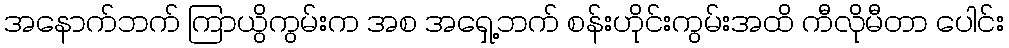
အနောက်ဘက် ကြာယွိကွမ်းက အစ အရှေ့ဘက် စန်းဟိုင်းကွမ်းအထိ ကီလိုမီတာ ပေါင်း